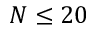
N \leq 2 0